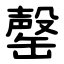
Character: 罄